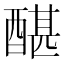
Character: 䤁